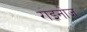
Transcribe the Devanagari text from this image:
राइनोज़